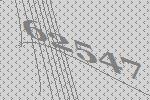
62547